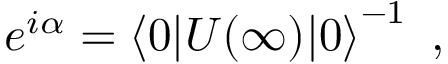
e ^ { i \alpha } = \left\langle 0 | U ( \infty ) | 0 \right\rangle ^ { - 1 } ~ ,